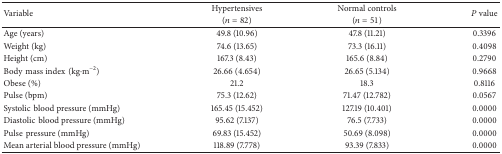
| <ROWSPAN=2> Variable | Hypertensives | Normal controls | <ROWSPAN=2> P value |
 | (n = 82) | (n = 51) |
 | --- | --- | --- | --- |
 | Age (years) | 49.8 (10.96) | 47.8 (11.21) | 0.3396 |
 | Weight (kg) | 74.6 (13.65) | 73.3 (16.11) | 0.4098 |
 | Height (cm) | 167.3 (8.43) | 165.6 (8.84) | 0.2790 |
 | Bodymass index(kg·m−2) | 26.66 (4.654) | 26.65 (5.134) | 0.9668 |
 | Obese (%) | 21.2 | 18.3 | 0.8116 |
 | Pulse (bpm) | 75.3 (12.62) | 71.47 (12.782) | 0.0567 |
 | Systolicblood pressure (mmHg) | 165.45 (15.452) | 127.19 (10.401) | 0.0000 |
 | Diastolicblood pressure (mmHg) | 95.62 (7.137) | 76.5 (7.733) | 0.0000 |
 | Pulsepressure (mmHg) | 69.83 (15.452) | 50.69 (8.098) | 0.0000 |
 | Mean arterial blood pressure (mmHg) | 118.89 (7.778) | 93.39 (7.833) | 0.0000 |